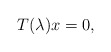
\begin{align*}T(\lambda)x=0,\end{align*}